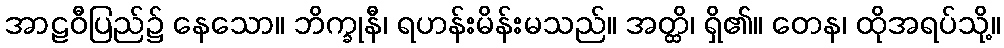
အာဠဝီပြည်၌ နေသော။ ဘိက္ခုနီ၊ ရဟန်းမိန်းမသည်။ အတ္ထိ၊ ရှိ၏။ တေန၊ ထိုအရပ်သို့။